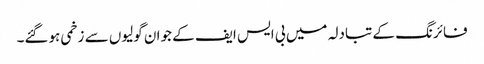
فائرنگ کے تبادلہ میں بی ایس ایف کے جوان گولیوں سے زخمی ہوگئے۔